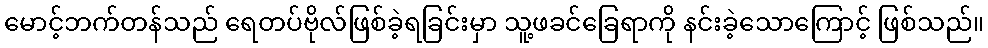
မောင့်ဘက်တန်သည် ရေတပ်ဗိုလ်ဖြစ်ခဲ့ရခြင်းမှာ သူ့ဖခင်ခြေရာကို နင်းခဲ့သောကြောင့် ဖြစ်သည်။